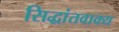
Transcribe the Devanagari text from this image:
सिद्धांतवाक्य